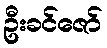
ဦးခင်ဇော်